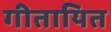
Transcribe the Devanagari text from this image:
गीतायित